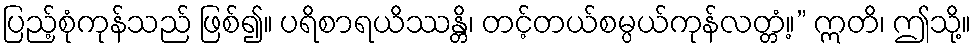
ပြည့်စုံကုန်သည် ဖြစ်၍။ ပရိစာရယိဿန္တိ၊ တင့်တယ်စမ္ပယ်ကုန်လတ္တံ့။” ဣတိ၊ ဤသို့။